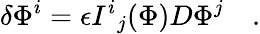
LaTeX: \delta\Phi^{i}=\epsilon{I^{i}}_{j}(\Phi)D\Phi^{j}\quad.